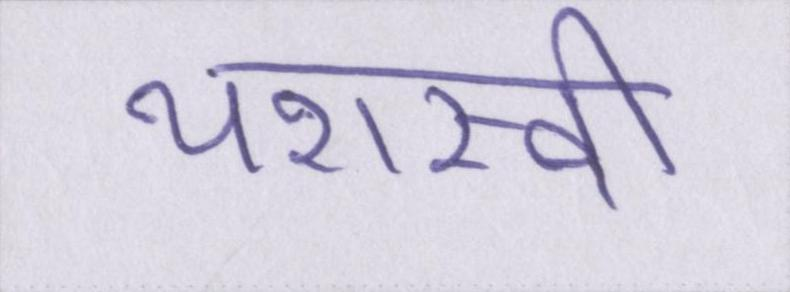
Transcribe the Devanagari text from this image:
यशस्वी